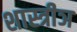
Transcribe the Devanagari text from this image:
शास्त्रीञ